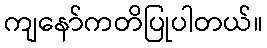
ကျနော်ကတိပြုပါတယ်။